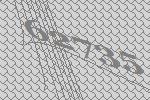
62735